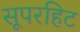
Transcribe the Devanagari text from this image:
सूपरहिट